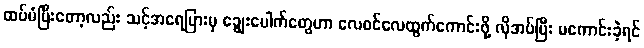
ထပ်မံပြီးတော့လည်း သင့်အရေပြားမှ ချွေးပေါက်တွေဟာ လေဝင်လေထွက်ကောင်းဖို့ လိုအပ်ပြီး မကောင်းခဲ့ရင်